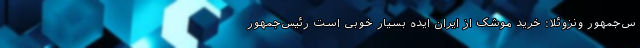
س‌‌جمهور ونزوئلا: خرید موشک از ایران ایده بسیار خوبی است رئیس‌جمهور